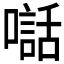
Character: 𫬃